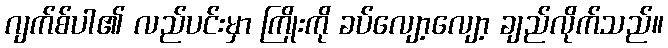
ဂျက်စ်ပါ၏ လည်ပင်းမှာ ကြိုးကို ခပ်လျော့လျော့ ချည်လိုက်သည်။